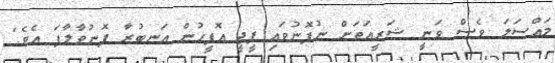
މައްސަލަ ވެސް ވަނީ ޝަރީއަތަށް ނުފޮނުވައި ޕީޖީ އޮފީހުން އަނބުރާ ފޮނުވާލާފަ އެވެ."